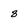
Character: 8